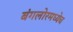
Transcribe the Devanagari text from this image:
बंगलोरमध्येच